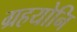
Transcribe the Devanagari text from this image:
ग्रहयोनि